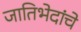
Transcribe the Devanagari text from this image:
जातिभेदांचे